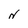
Character: N